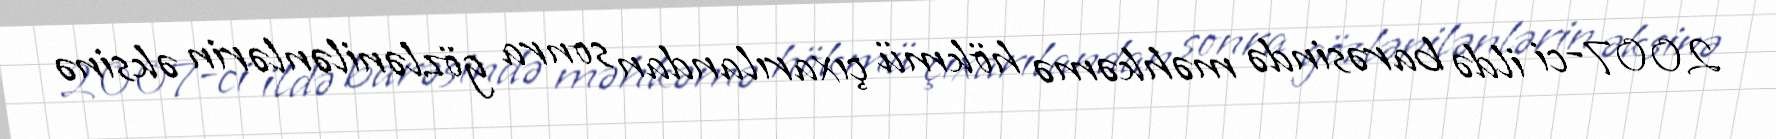
2007-ci ildə barəsində məhkəmə hökmü çıxarılandan sonra gözlənilənlərin əksinə